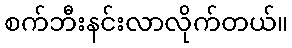
စက်ဘီးနင်းလာလိုက်တယ်။